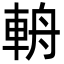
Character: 輈